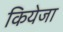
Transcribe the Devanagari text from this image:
कियेजा